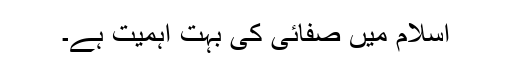
اسلام میں صفائی کی بہت اہمیت ہے۔